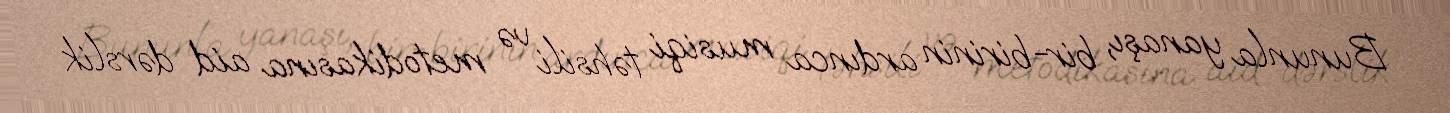
Bununla yanaşı, bir-birinin ardınca musiqi təhsili və metodikasına aid dərslik